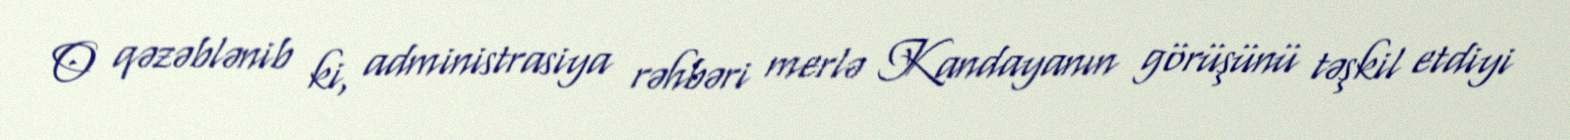
O qəzəblənib ki, administrasiya rəhbəri merlə Kandayanın görüşünü təşkil etdiyi